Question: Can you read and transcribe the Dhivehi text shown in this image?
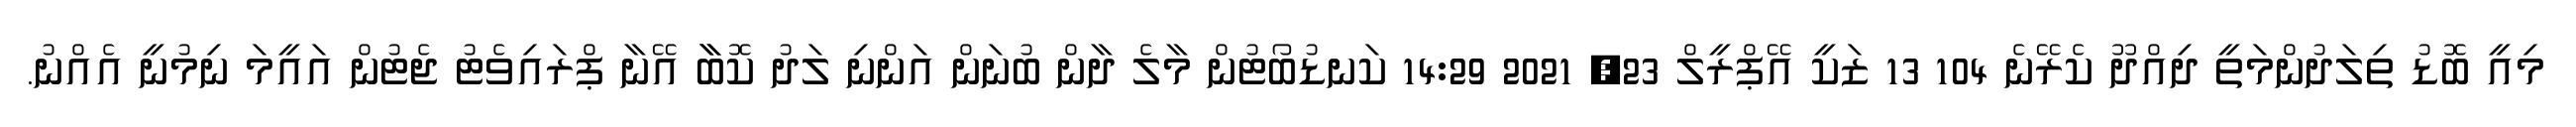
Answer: މިއީ ބޮޑު ތިލަދުންމަތީ ދިއްދޫ ކެރޭނެ 104 13 ޒަކީ އޭޕްރީލް 23, 2021 14:29 ކަނޑުބޯޓުން މާލެ ދާން ބުނަން އަންނި ލަދު ކޮބާާ އޭނާ ޕްރައިވެޓު ޖެޓުން އައީމަ ނިމުނީ އެއްނު.